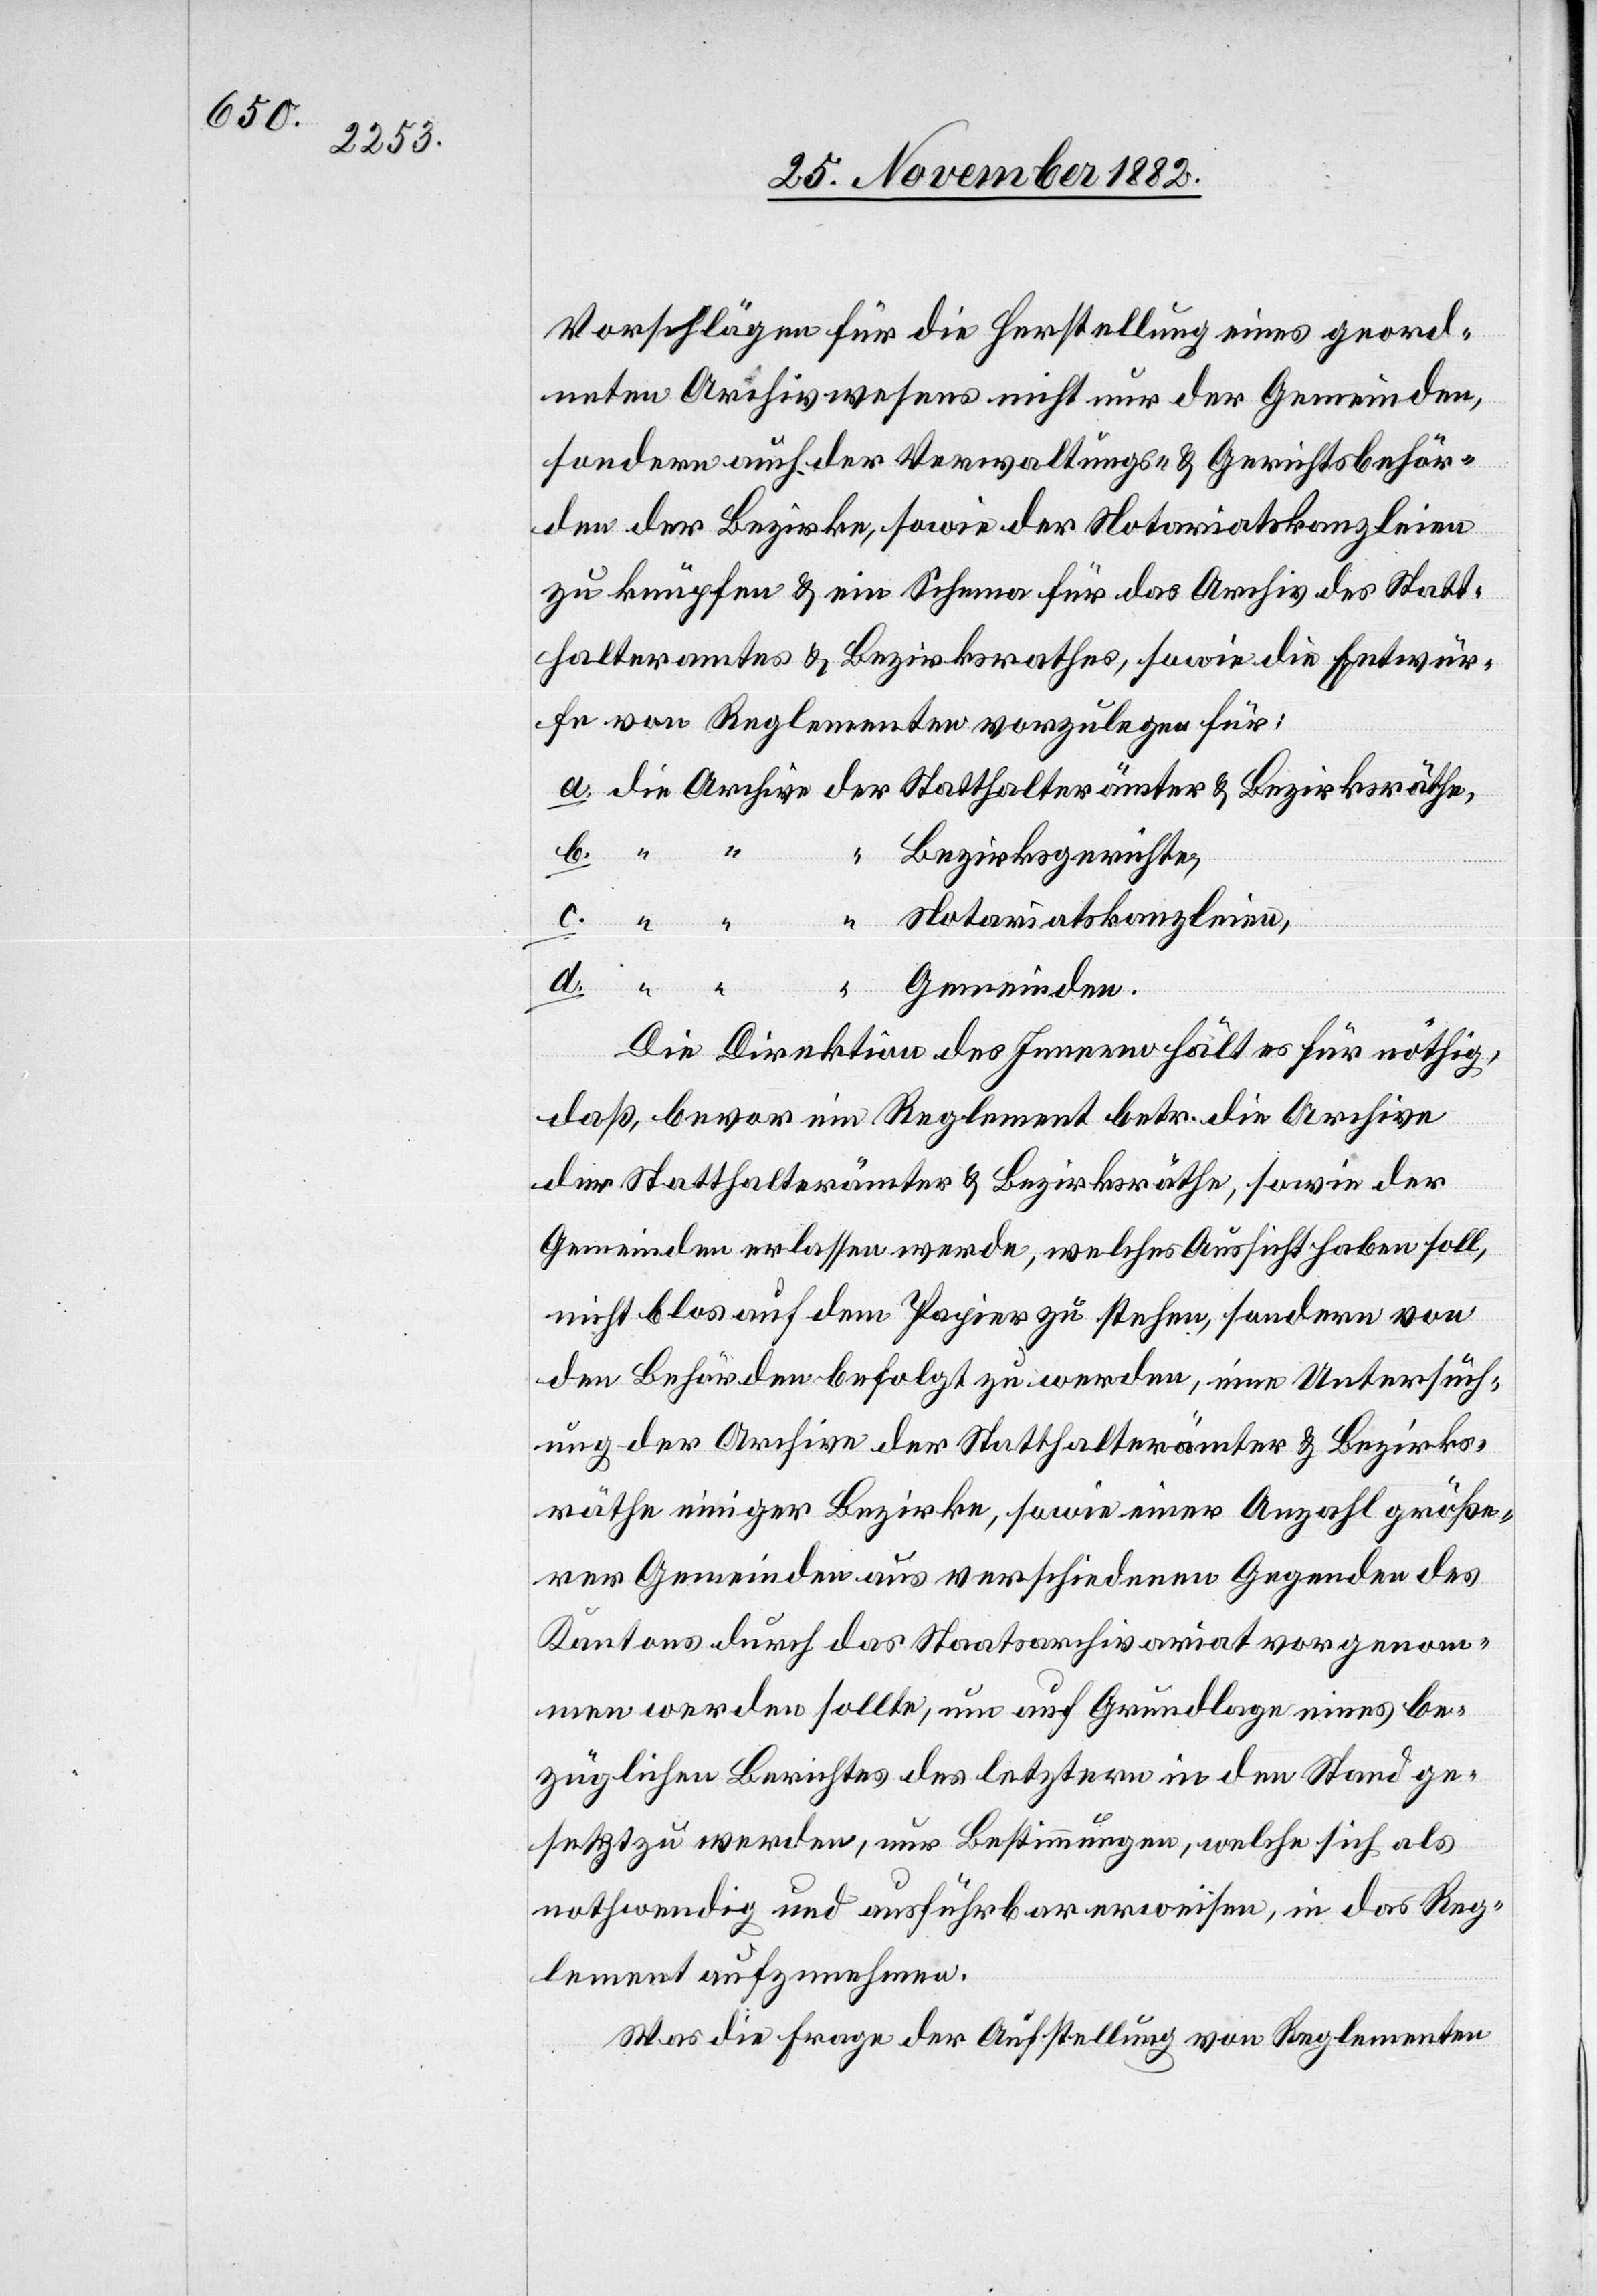
Vorschlägen für die Herstellung eines geord¬
neten Archivwesens nicht nur der Gemeinden,
sondern auch der Verwaltungs- & Gerichtsbehör¬
den der Bezirke, sowie der Notariatskanzleien
zu knüpfen & ein Schema für das Archiv des Statt¬
halteramtes & Bezirksrathes, sowie die Entwür¬
fe von Reglementen vorzulegen für:
Bezirksgerichte,
Notariatskanzleien,
räthe,
c.
“
räm¬
ter &
Bezirks¬
Gemeinden.
Die Direktion des Innern hält es für nöthig,
daß, bevor ein Reglement betr. die Archive
der Statthalterämter & Bezirksräthe, sowie der
Gemeinden erlassen werde, welches Aussicht haben soll,
nicht blos auf dem Papier zu stehen, sondern von
den Behörden befolgt zu werden, eine Untersuch¬
ung der Archive der Statthalterämter & Bezirks¬
räthe einiger Bezirke, sowie einer Anzahl größe¬
rer Gemeinden aus verschiedenen Gegenden des
Kantons durch das Staatsarchivariat vorgenom¬
men werden sollte, um auf Grundlage eines be¬
züglichen Berichtes des letztern in den Stand ge¬
setzt zu werden, nur Bestimmungen, welche sich als
nothwendig und ausführbar erweisen, in das Reg¬
lement aufzunehmen.
Was die Frage der Aufstellung von Reglementen